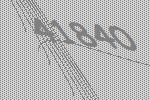
41840